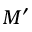
M ^ { \prime }